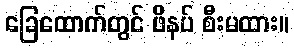
ခြေထောက်တွင် ဖိနပ် စီးမထား။